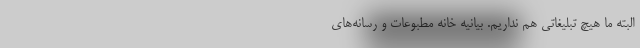
البته ما هیچ تبلیغاتی هم نداریم. بیانیه‌ خانه مطبوعات و رسانه‌های